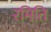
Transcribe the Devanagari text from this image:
रमिति